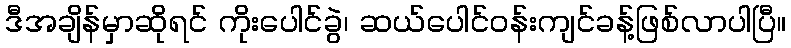
ဒီအချိန်မှာဆိုရင် ကိုးပေါင်ခွဲ၊ ဆယ်ပေါင်ဝန်းကျင်ခန့်ဖြစ်လာပါပြီ။